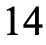
14